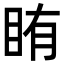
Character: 𬑐